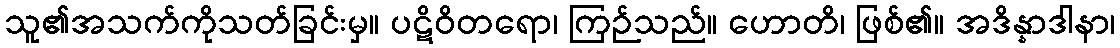
သူ၏အသက်ကိုသတ်ခြင်းမှ။ ပဋိဝိတရော၊ ကြဉ်သည်။ ဟောတိ၊ ဖြစ်၏။ အဒိန္နာဒါနာ၊